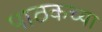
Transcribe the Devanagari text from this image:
पाठकच्या